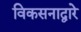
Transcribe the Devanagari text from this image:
विकसनाद्वारे